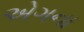
એગના